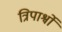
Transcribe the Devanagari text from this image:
त्रिपार्श्वों